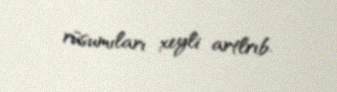
rüsumıları xeyli artlrıb.